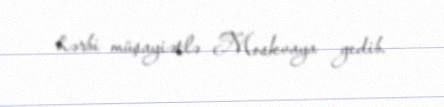
hərbi müşayiətlə Moskvaya gedib.